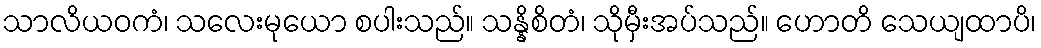
သာလိယဝကံ၊ သလေးမုယော စပါးသည်။ သန္နိစိတံ၊ သိုမှီးအပ်သည်။ ဟောတိ သေယျထာပိ၊